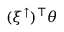
( \xi ^ { \uparrow } ) ^ { \top } \theta